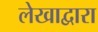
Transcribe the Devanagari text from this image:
लेखाद्वारा